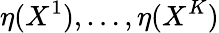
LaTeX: \eta(X^{1}),\ldots,\eta(X^{K})